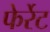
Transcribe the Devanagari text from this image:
फेर्रेट